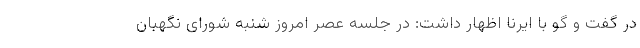
در گفت و گو با ایرنا اظهار داشت: در جلسه عصر امروز شنبه شورای نگهبان